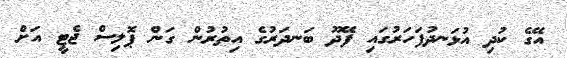
އޭގެ ކުދި އުޅަނދުފަހަރުގައި ފޭދޫ ބަނދަރުގެ އިތުރުން ގަން ޕޮލިސް ޖެޓީ އަށް